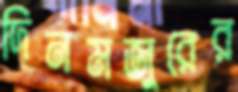
দিনমজুরের